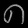
Digit: ၈